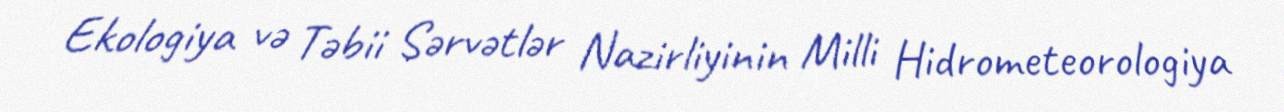
Ekologiya və Təbii Sərvətlər Nazirliyinin Milli Hidrometeorologiya